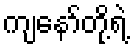
ကျနော်တို့ရဲ့